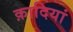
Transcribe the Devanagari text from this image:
क़ादियां